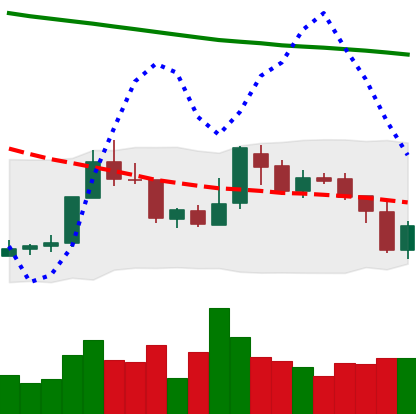
Ticker: XMR-USD
Chart end date: 2018-08-01
Forward return: -11.4%
Label: down_7plus